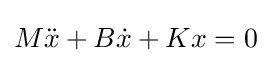
M{\ddot {x}}+B{\dot {x}}+Kx=0